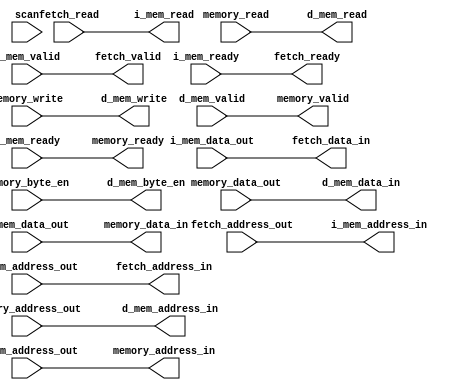
/** @module : memory_interface
 *  @author : Adaptive & Secure Computing Systems (ASCS) Laboratory

 *  Copyright (c) 2021 STAM Center (ASCS Lab/CAES Lab/STAM Center/ASU)
 *  Permission is hereby granted, free of charge, to any person obtaining a copy
 *  of this software and associated documentation files (the "Software"), to deal
 *  in the Software without restriction, including without limitation the rights
 *  to use, copy, modify, merge, publish, distribute, sublicense, and/or sell
 *  copies of the Software, and to permit persons to whom the Software is
 *  furnished to do so, subject to the following conditions:
 *  The above copyright notice and this permission notice shall be included in
 *  all copies or substantial portions of the Software.

 *  THE SOFTWARE IS PROVIDED "AS IS", WITHOUT WARRANTY OF ANY KIND, EXPRESS OR
 *  IMPLIED, INCLUDING BUT NOT LIMITED TO THE WARRANTIES OF MERCHANTABILITY,
 *  FITNESS FOR A PARTICULAR PURPOSE AND NONINFRINGEMENT. IN NO EVENT SHALL THE
 *  AUTHORS OR COPYRIGHT HOLDERS BE LIABLE FOR ANY CLAIM, DAMAGES OR OTHER
 *  LIABILITY, WHETHER IN AN ACTION OF CONTRACT, TORT OR OTHERWISE, ARISING FROM,
 *  OUT OF OR IN CONNECTION WITH THE SOFTWARE OR THE USE OR OTHER DEALINGS IN
 *  THE SOFTWARE.
 */

module memory_interface #(
  parameter DATA_WIDTH   = 32,
  parameter ADDRESS_BITS = 32
)(
  //fetch stage interface
  input  fetch_read,
  input  [ADDRESS_BITS-1:0] fetch_address_out,
  output [DATA_WIDTH-1  :0] fetch_data_in,
  output [ADDRESS_BITS-1:0] fetch_address_in,
  output fetch_valid,
  output fetch_ready,
  //memory stage interface
  input  memory_read,
  input  memory_write,
  input  [DATA_WIDTH/8-1:0] memory_byte_en,
  input  [ADDRESS_BITS-1:0] memory_address_out,
  input  [DATA_WIDTH-1  :0] memory_data_out,
  output [DATA_WIDTH-1  :0] memory_data_in,
  output [ADDRESS_BITS-1:0] memory_address_in,
  output memory_valid,
  output memory_ready,
  //instruction memory/cache interface
  input  [DATA_WIDTH-1  :0] i_mem_data_out,
  input  [ADDRESS_BITS-1:0] i_mem_address_out,
  input  i_mem_valid,
  input  i_mem_ready,
  output i_mem_read,
  output [ADDRESS_BITS-1:0] i_mem_address_in,
  //data memory/cache interface
  input  [DATA_WIDTH-1  :0] d_mem_data_out,
  input  [ADDRESS_BITS-1:0] d_mem_address_out,
  input  d_mem_valid,
  input  d_mem_ready,
  output d_mem_read,
  output d_mem_write,
  output [DATA_WIDTH/8-1:0] d_mem_byte_en,
  output [ADDRESS_BITS-1:0] d_mem_address_in,
  output [DATA_WIDTH-1  :0] d_mem_data_in,

  input scan
);

assign fetch_data_in     = i_mem_data_out;
assign fetch_address_in  = i_mem_address_out;
assign fetch_valid       = i_mem_valid;
assign fetch_ready       = i_mem_ready;

assign memory_data_in    = d_mem_data_out;
assign memory_address_in = d_mem_address_out;
assign memory_valid      = d_mem_valid;
assign memory_ready      = d_mem_ready;

assign i_mem_read        = fetch_read;
assign i_mem_address_in  = fetch_address_out;

assign d_mem_read        = memory_read;
assign d_mem_write       = memory_write;
assign d_mem_byte_en     = memory_byte_en;
assign d_mem_address_in  = memory_address_out;
assign d_mem_data_in     = memory_data_out;

endmodule